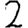
Digit: 2